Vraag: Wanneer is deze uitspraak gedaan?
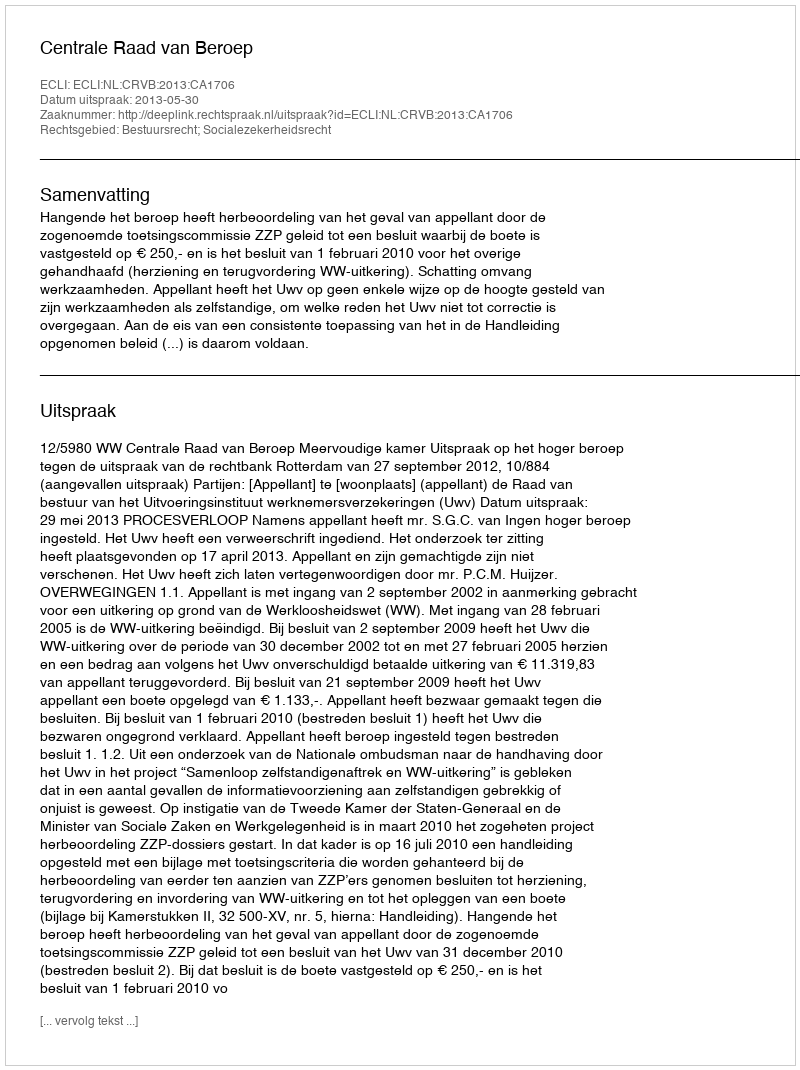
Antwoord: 2013-05-30